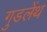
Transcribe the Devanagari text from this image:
गुडलेंथ